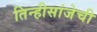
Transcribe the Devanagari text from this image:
तिन्हीसांजेची